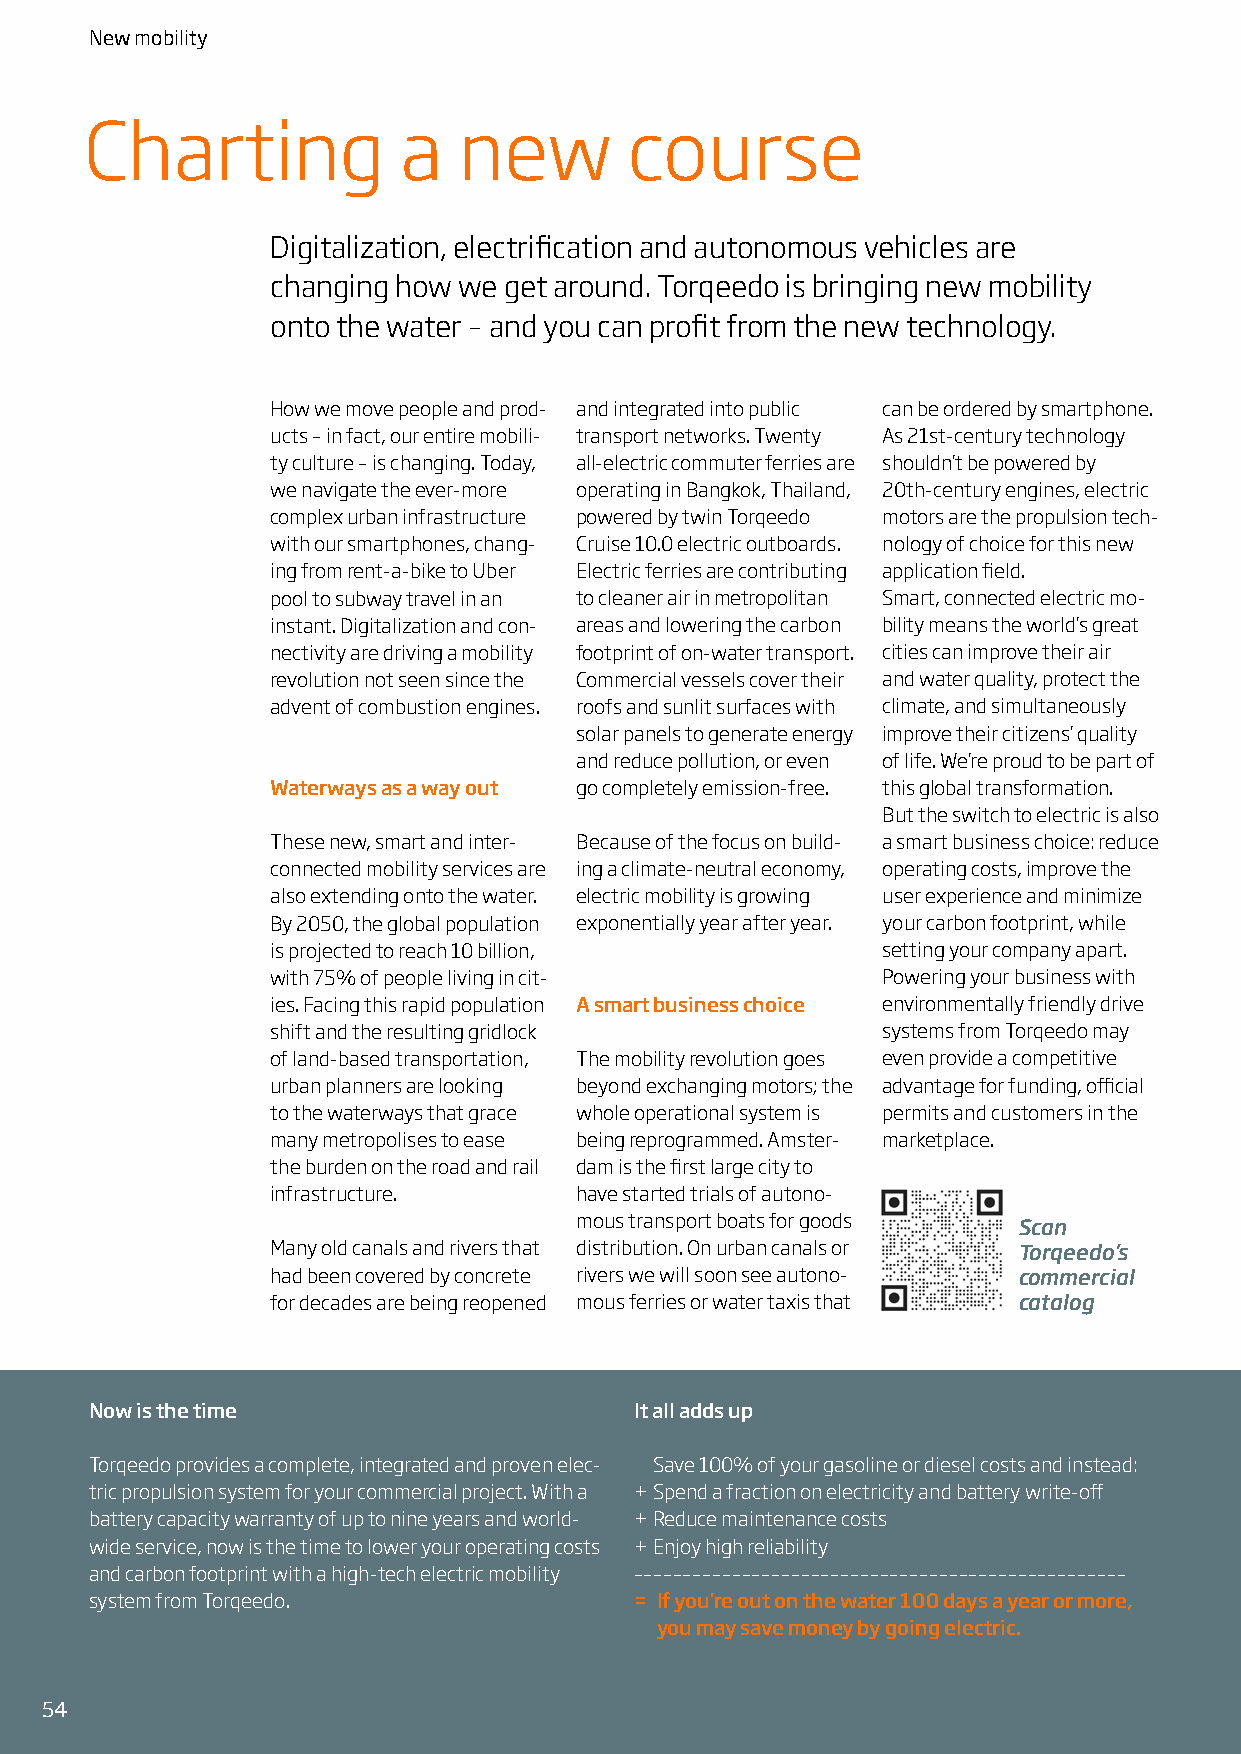
New mobility
 Charting            a   new         course
 Digitalization, electrification and autonomous vehicles are
 changing how we get around. Torqeedo is bringing new mobility
 onto the water – and you can profit from the new technology.
 How we move people and prod- and integrated into public can be ordered by smartphone.
 ucts – in fact, our entire mobili- transport networks. Twenty As 21st-century technology
 ty culture – is changing. Today, all-electric commuter ferries are shouldn’t be powered by
 we navigate the ever-more operating in Bangkok, Thailand, 20th-century engines, electric
 complex urban infrastructure powered by twin Torqeedo motors are the propulsion tech-
 with our smartphones, chang- Cruise 10.0 electric outboards. nology of choice for this new
 ing from rent-a-bike to Uber Electric ferries are contributing application field.
 pool to subway travel in an to cleaner air in metropolitan Smart, connected electric mo-
 instant. Digitalization and con- areas and lowering the carbon bility means the world’s great
 nectivity are driving a mobility footprint of on-water transport. cities can improve their air
 revolution not seen since the Commercial vessels cover their and water quality, protect the
 advent of combustion engines. roofs and sunlit surfaces with climate, and simultaneously
 solar panels to generate energy improve their citizens’ quality
 and reduce pollution, or even of life. We’re proud to be part of
 Waterways as a way out go completely emission-free. this global transformation.
 But the switch to electric is also
 These new, smart and inter- Because of the focus on build- a smart business choice: reduce
 connected mobility services are ing a climate-neutral economy, operating costs, improve the
 also extending onto the water. electric mobility is growing user experience and minimize
 By 2050, the global population exponentially year after year. your carbon footprint, while
 is projected to reach 10 billion,       setting your company apart.
 with 75% of people living in cit-       Powering your business with
 ies. Facing this rapid population A smart business choice environmentally friendly drive
 shift and the resulting gridlock        systems from Torqeedo may
 of land-based transportation, The mobility revolution goes even provide a competitive
 urban planners are looking beyond exchanging motors; the advantage for funding, official
 to the waterways that grace whole operational system is permits and customers in the
 many metropolises to ease being reprogrammed. Amster- marketplace.
 the burden on the road and rail dam is the first large city to
 infrastructure.     have started trials of autono-
 mous transport boats for goods Scan
 Many old canals and rivers that distribution. On urban canals or Torqeedo’s
 had been covered by concrete rivers we will soon see autono- commercial
 for decades are being reopened mous ferries or water taxis that catalog
 Now is the time                     It all adds up
 Torqeedo provides a complete, integrated and proven elec- Save 100% of your gasoline or diesel costs and instead:
 tric propulsion system for your commercial project. With a + Spend a fraction on electricity and battery write-off
 battery capacity warranty of up to nine years and world- + Reduce maintenance costs
 wide service, now is the time to lower your operating costs + Enjoy high reliability
 and carbon footprint with a high-tech electric mobility ––––––––––––––––––––––––––––––––––––––––––––––––––
 system from Torqeedo.               = If you’re out on the water 100 days a year or more,
 you may save money by going electric.
 54